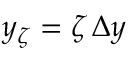
y _ { \zeta } = \zeta \, \Delta y